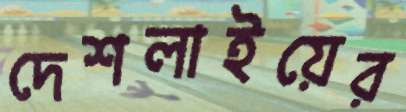
দেশলাইয়ের